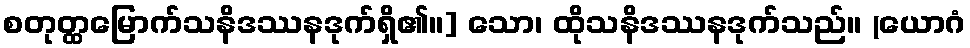
စတုတ္ထမြောက်သနိဒဿနဒုက်ရှိ၏။] သော၊ ထိုသနိဒဿနဒုက်သည်။ (ယောဂံ